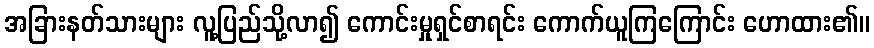
အခြားနတ်သားများ လူ့ပြည်သို့လာ၍ ကောင်းမှုရှင်စာရင်း ကောက်ယူကြကြောင်း ဟောထား၏။